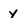
Character: y